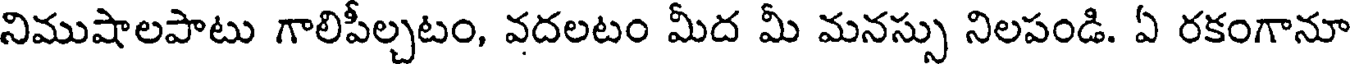
నిముషాలపాటు గాలిపీల్చటం, వదలటం మీద మీ మనస్సు నిలపండి. ఏ రకంగానూ